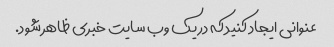
عنوانی ایجاد کنید که در یک وب سایت خبری ظاهر شود.